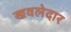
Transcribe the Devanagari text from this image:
खवलेदार